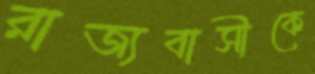
রাজ্যবাসীকে